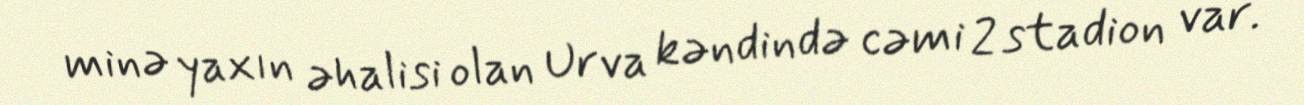
minə yaxın əhalisi olan Urva kəndində cəmi 2 stadion var.